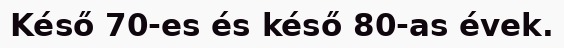
Késő 70-es és késő 80-as évek.